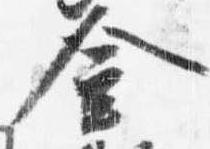
金